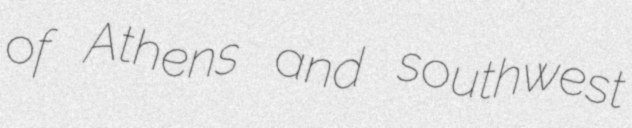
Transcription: of Athens and southwest